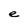
Character: e